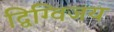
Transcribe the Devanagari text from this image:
द्विग्विजय